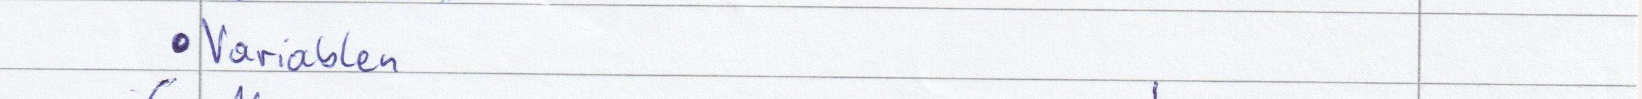
Variablen